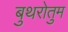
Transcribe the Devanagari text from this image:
बुथरोतुम